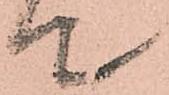
て